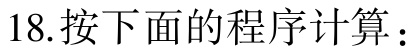
18.按下面的程序计算：